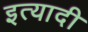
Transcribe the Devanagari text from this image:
इत्यादी